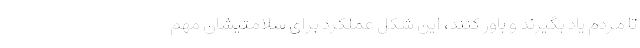
تا مردم یاد بگیرند و باور کنند، این شکل عملکرد برای سلامتیشان مهم